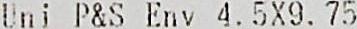
UNI P&S ENV 4.5X9.75